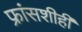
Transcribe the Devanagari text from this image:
फ्रांसशीही